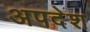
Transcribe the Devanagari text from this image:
अपदेश